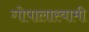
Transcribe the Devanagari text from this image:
गोपालास्वामी